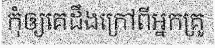
កុំឲ្យគេដឹងក្រៅពីអ្នកគ្រូ